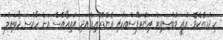
ހިދުމަތެކެވެ. އެއީ ވެބްސައިޓް އިންޓަފޭސްއަކާއި އެންޑްރޮއިޑް އަދި އައިއޯއެސް އަށް ހާއްސަ މޯބައިލް